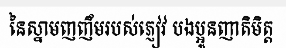
នៃស្នាមញញឹមរបស់ភ្ញៀវ បងប្អូនញាតិមិត្ត